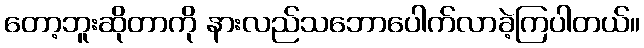
တော့ဘူးဆိုတာကို နားလည်သဘောပေါက်လာခဲ့ကြပါတယ်။